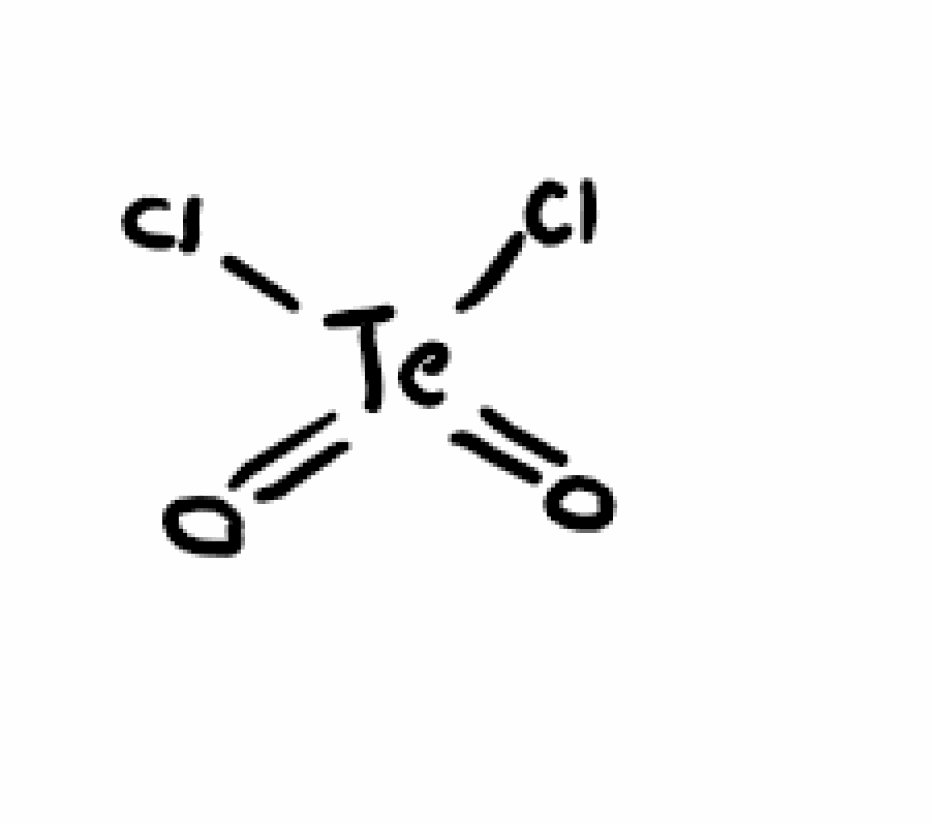
Simplified molecular-input line-entry system (SMILES) notation of the given molecule:
O=[Te](=O)(Cl)Cl